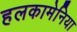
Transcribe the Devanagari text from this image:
हलकामेनिया